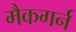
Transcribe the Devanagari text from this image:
मैकगर्न